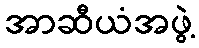
အာဆီယံအဖွဲ့